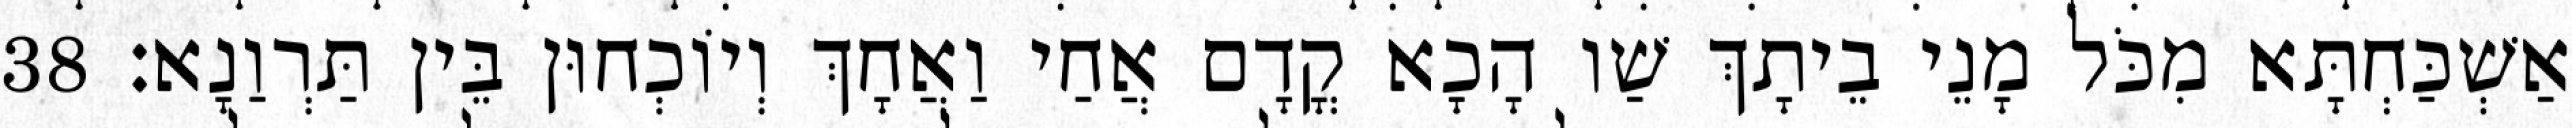
אַשְׁכַּחְתָּא מִכֹּל מָנֵי בֵיתָךְ שַׁו הָכָא קֳדָם אֲחַי וַאֲחָךְ וְיוֹכְחוּן בֵּין תַּרְוַנָא׃ 38